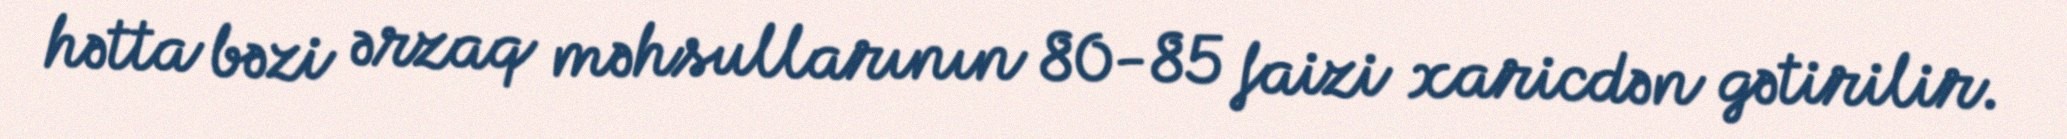
hətta bəzi ərzaq məhsullarının 80-85 faizi xaricdən gətirilir.